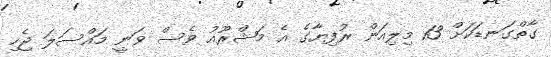
ގާތްގަނޑަކަށް 13 މިލިއަން ރުފިޔާގެ އެ މަޝްރޫއު ވެސް ވަނީ މައްސަލަ ޖެހި